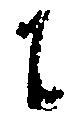
に